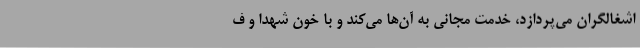
اشغالگران می‌پردازد، خدمت مجانی به آن‌ها می‌کند و با خون شهدا و ف